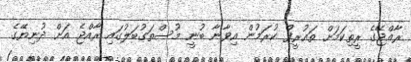
ރާއްޖޭގެ ރީތިކަމަށް ތައުރީފް ކުރަމުން އިވާނާ ބުނީ މުސްތަގުބަލުގައި ރާއްޖެ އަށް ދުނިޔޭގެ